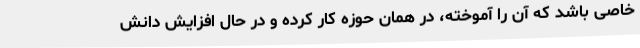
خاصی باشد که آن را آموخته، در همان حوزه کار کرده و در حال افزایش دانش